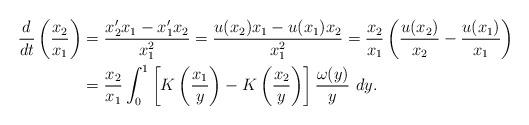
LaTeX: \begin{align*}\frac{d}{dt}\left(\frac{x_2}{x_1}\right) &=\frac{x'_2x_1-x'_1x_2}{x^2_1} =\frac{u(x_2)x_1-u(x_1)x_2}{x_1^2} =\frac{x_2}{x_1}\left(\frac{u(x_2)}{x_2}-\frac{u(x_1)}{x_1}\right)\\&=\frac{x_2}{x_1}\int_0^1 \left[K\left(\frac{x_1}{y}\right)-K\left(\frac{x_2}{y}\right)\right]\frac{\omega(y)}{y}~dy.\end{align*}